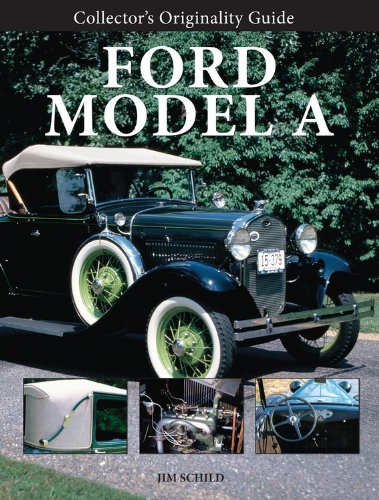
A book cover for Collector's Originality Guide Ford Model A; Jim Schild; Engineering & Transportation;